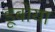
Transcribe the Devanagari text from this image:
डूबोया